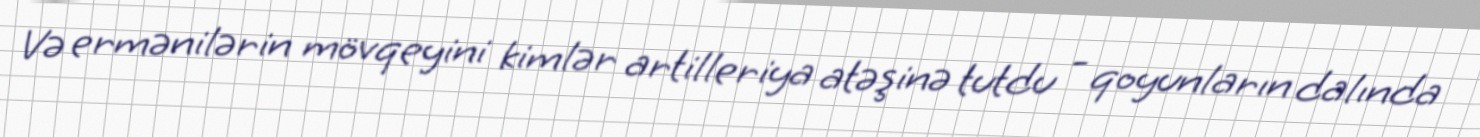
Və ermənilərin mövqeyini kimlər artilleriya atəşinə tutdu - qoyunların dalında